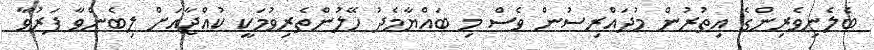
ބެލެނިވެރިންގެ އިތުރުން މުދައްރިސުން ވެސް މި ބައްޔާމެދު ހޭލުންތެރިވުމަކީ ކުއްޖާއަށް ލިބެންވާ ފަރުވާ